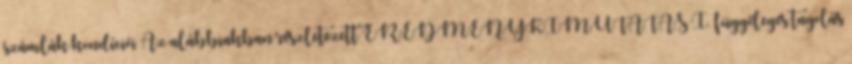
számlák kondíciói Az alábbiakban részletezett EREDMÉNYKIMUTATÁS I. függőleges tagolás